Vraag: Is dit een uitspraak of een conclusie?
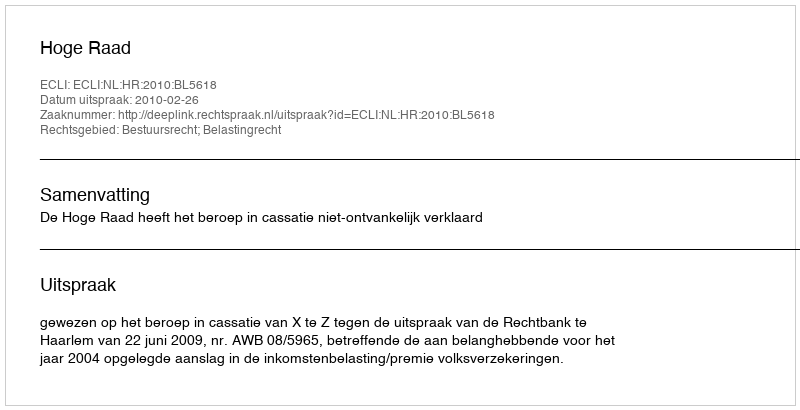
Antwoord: Uitspraak